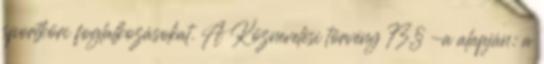
sportköri foglalkozásokat. A Köznevelési törvény 73.§ -a alapján: a